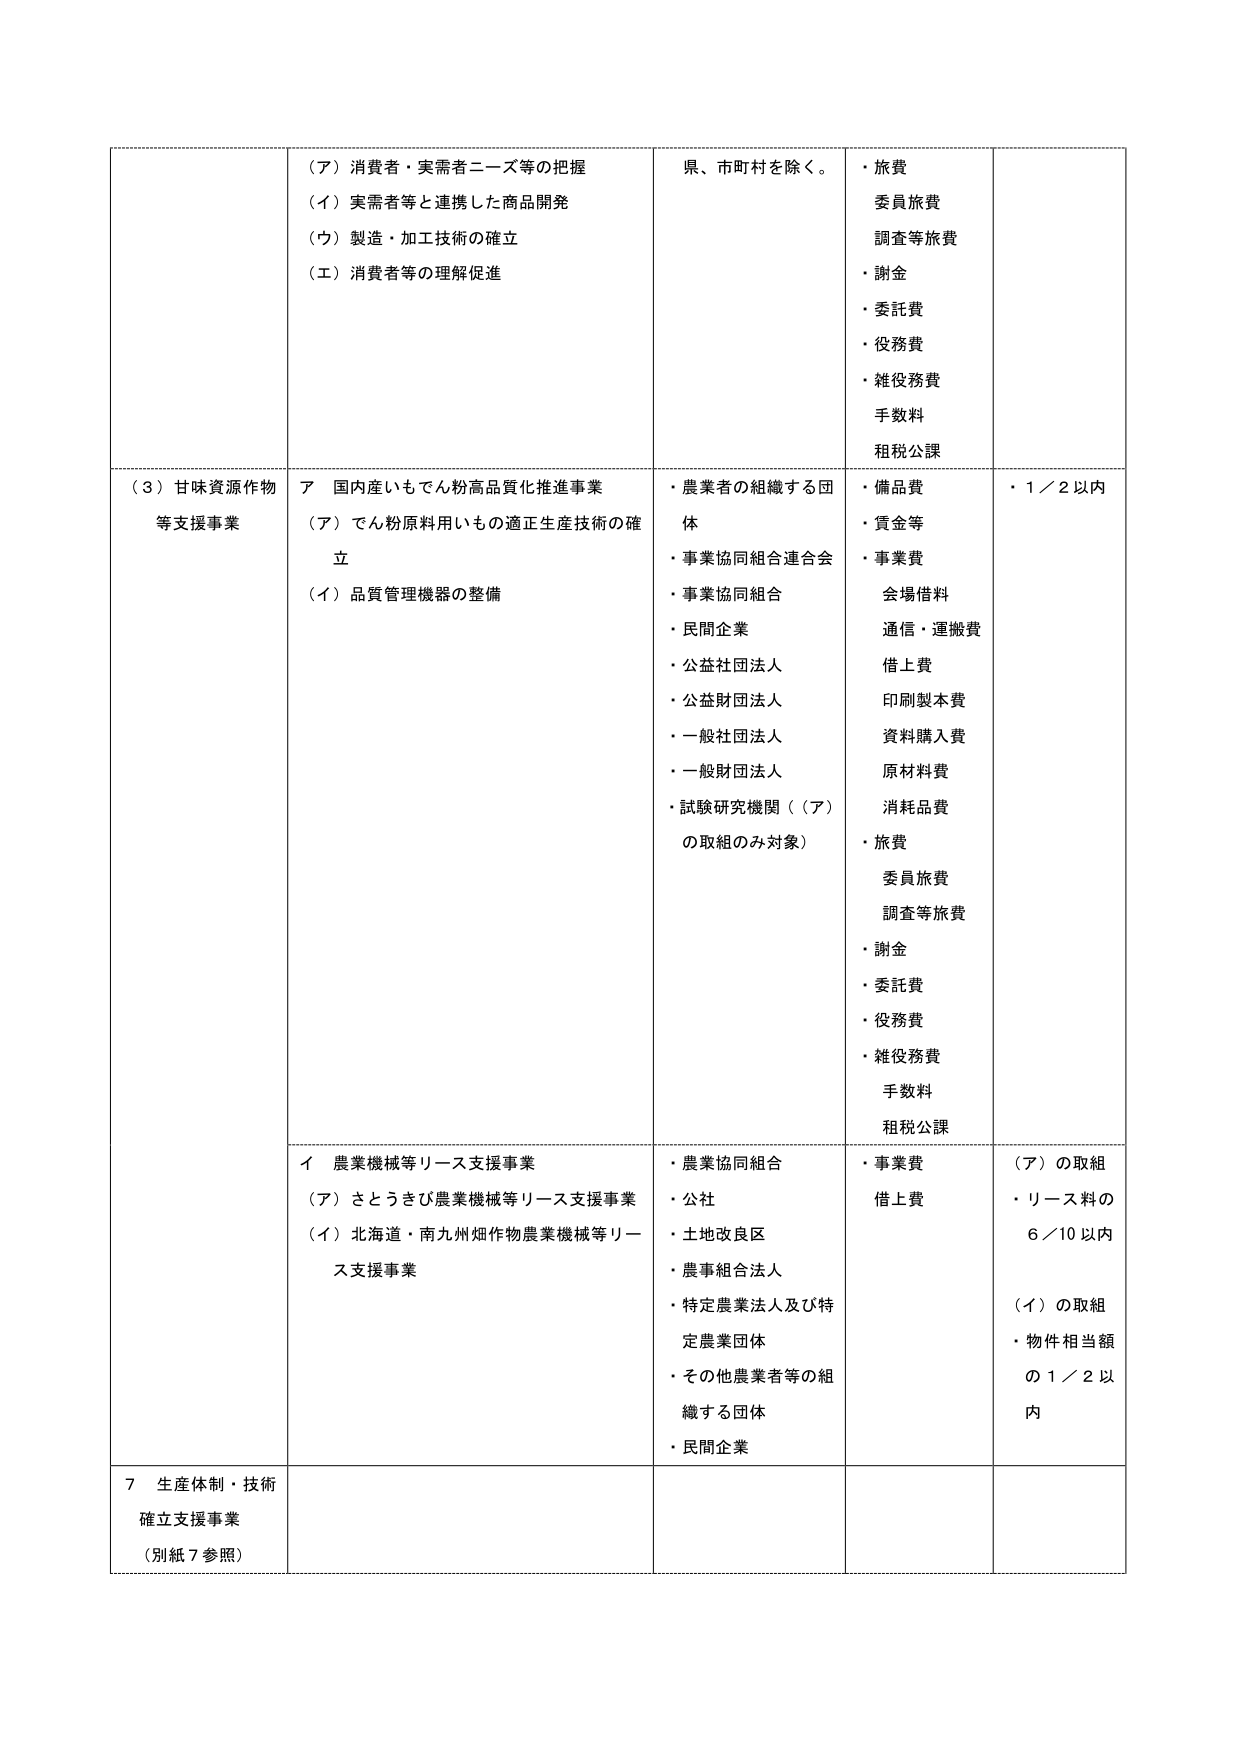
（ア）消費者・実需者ニーズ等の把握
（イ）実需者等と連携した商品開発
（ウ）製造・加工技術の確立
（エ）消費者等の理解促進

県、市町村を除く。

・旅費
委員旅費
調査等旅費
・謝金
・委託費
・役務費
・雑役務費
手数料
租税公課

（３）甘味資源作物等支援事業

ア 国内産いもでん粉高品質化推進事業
（ア）でん粉原料用いもの適正生産技術の確立
（イ）品質管理機器の整備

・農業者の組織する団体
・事業協同組合連合会
・事業協同組合
・民間企業
・公益社団法人
・公益財団法人
・一般社団法人
・一般財団法人
・試験研究機関（（ア）の取組のみ対象）

・備品費
・賃金等
・事業費
会場借料
通信・運搬費
借上費
印刷製本費
資料購入費
原材料費
消耗品費
・旅費
委員旅費
調査等旅費
・謝金
・委託費
・役務費
・雑役務費
手数料
租税公課

・１／２以内

イ 農業機械等リース支援事業
（ア）さとうきび農業機械等リース支援事業
（イ）北海道・南九州畑作物農業機械等リース支援事業

・農業協同組合
・公社
・土地改良区
・農事組合法人
・特定農業法人及び特定農業団体
・その他農業者等の組織する団体
・民間企業

・事業費
借上費

（ア）の取組
・リース料の６／10以内
（イ）の取組
・物件相当額の１／２以内

７ 生産体制・技術確立支援事業
（別紙７参照）